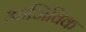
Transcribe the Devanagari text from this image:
आजिविक